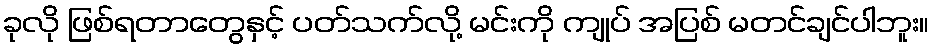
ခုလို ဖြစ်ရတာတွေနှင့် ပတ်သက်လို့ မင်းကို ကျုပ် အပြစ် မတင်ချင်ပါဘူး။